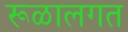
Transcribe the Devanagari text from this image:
रूळालगत